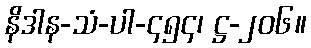
နိဒါန-သံ-ပါ-၄၅၄၊ ဋ္ဌ-၂၀၆။